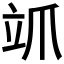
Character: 𮄨